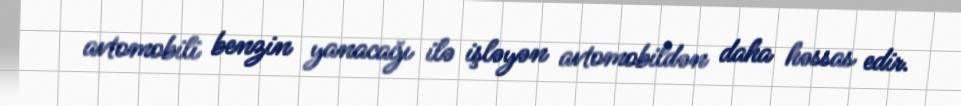
avtomobili benzin yanacağı ilə işləyən avtomobildən daha həssas edir.